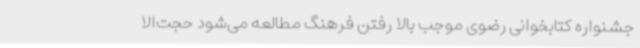
جشنواره کتابخوانی رضوی موجب بالا رفتن فرهنگ مطالعه می‌شود حجت‌الا